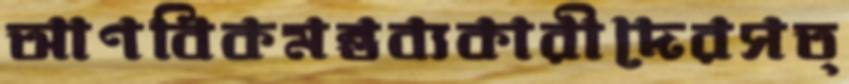
আণবিকমন্তব্যকারীদেরসত্